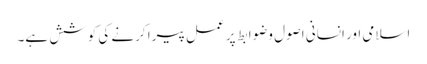
اسلامی اور انسانی اصول وضوابط پر عمل پیرا کرنے کی کوشش ہے۔